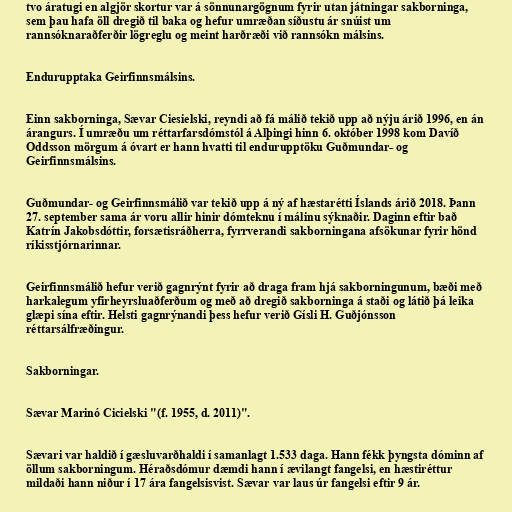
tvo áratugi en algjör skortur var á sönnunargögnum fyrir utan játningar sakborninga,
sem þau hafa öll dregið til baka og hefur umræðan síðustu ár snúist um
rannsóknaraðferðir lögreglu og meint harðræði við rannsókn málsins.

Endurupptaka Geirfinnsmálsins.

Einn sakborninga, Sævar Ciesielski, reyndi að fá málið tekið upp að nýju árið 1996, en án
árangurs. Í umræðu um réttarfarsdómstól á Alþingi hinn 6. október 1998 kom Davíð
Oddsson mörgum á óvart er hann hvatti til endurupptöku Guðmundar- og
Geirfinnsmálsins.

Guðmundar- og Geirfinnsmálið var tekið upp á ný af hæstarétti Íslands árið 2018. Þann
27. september sama ár voru allir hinir dómteknu í málinu sýknaðir. Daginn eftir bað
Katrín Jakobsdóttir, forsætisráðherra, fyrrverandi sakborningana afsökunar fyrir hönd
ríkisstjórnarinnar.

Geirfinnsmálið hefur verið gagnrýnt fyrir að draga fram hjá sakborningunum, bæði með
harkalegum yfirheyrsluaðferðum og með að dregið sakborninga á staði og látið þá leika
glæpi sína eftir. Helsti gagnrýnandi þess hefur verið Gísli H. Guðjónsson
réttarsálfræðingur.

Sakborningar.

Sævar Marinó Cicielski "(f. 1955, d. 2011)".

Sævari var haldið í gæsluvarðhaldi í samanlagt 1.533 daga. Hann fékk þyngsta dóminn af
öllum sakborningum. Héraðsdómur dæmdi hann í ævilangt fangelsi, en hæstiréttur
mildaði hann niður í 17 ára fangelsisvist. Sævar var laus úr fangelsi eftir 9 ár.